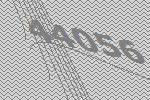
44056